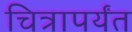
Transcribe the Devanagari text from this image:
चित्रापर्यंत